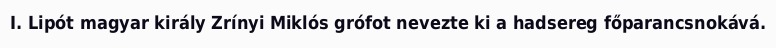
I. Lipót magyar király Zrínyi Miklós grófot nevezte ki a hadsereg főparancsnokává.